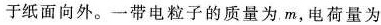
纸面向外。一带电粒子的质量为m，电荷量为